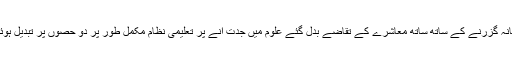
زمانہ گزرنے کے ساتھ ساتھ معاشرے کے تقاضے بدل گئے علوم میں جدت آنے پر تعلیمی نظام مکمل طور پر دو حصوں پر تبدیل ہوئے۔